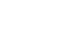
သဘီရု